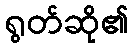
ရွတ်ဆို၏